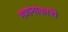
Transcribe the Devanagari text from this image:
गणनाकारी